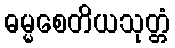
ဓမ္မစေတိယသုတ္တံ